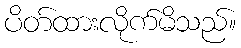
ပိတ်ထားလိုက်မိသည်။